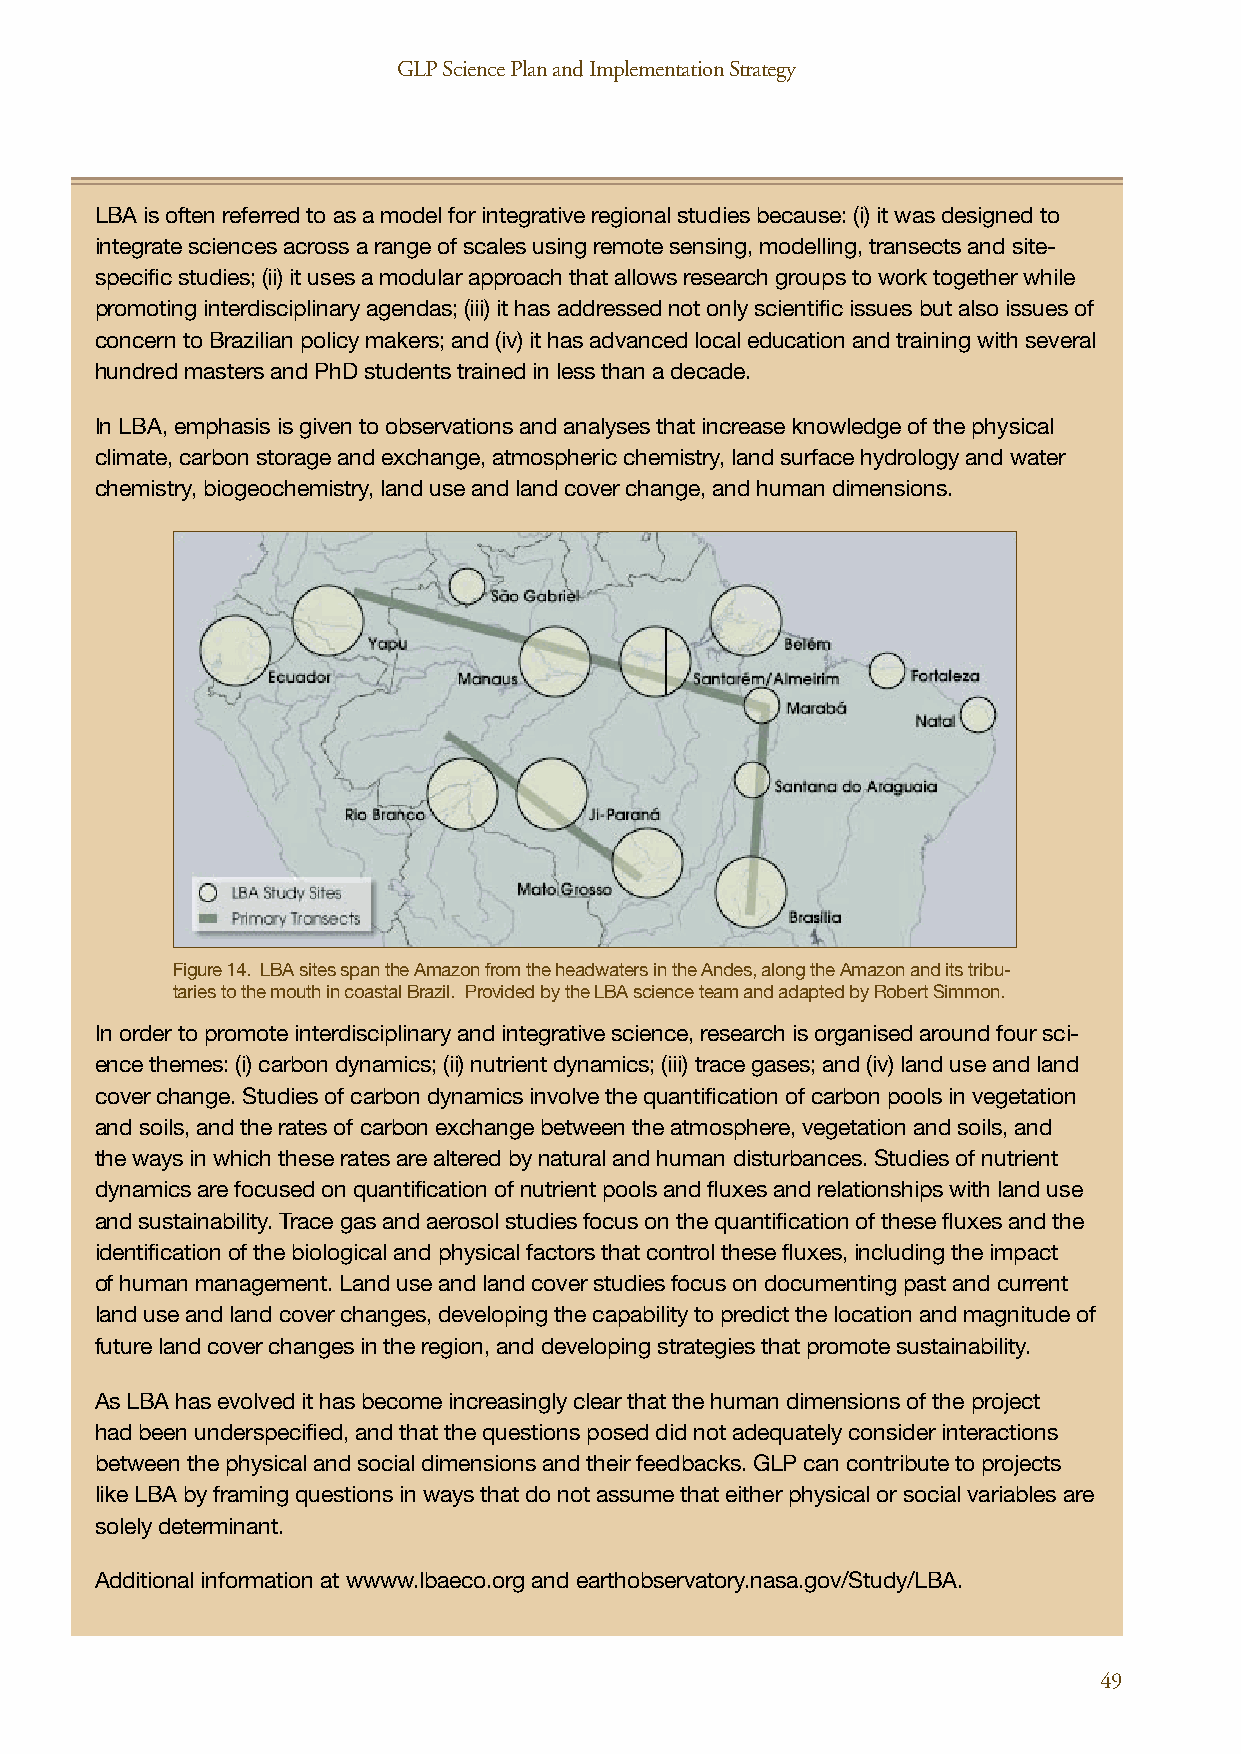
GLP Science Plan and Implementation Strategy GLP Science Plan and Implementation Strategy
 LBA is often referred to as a model for integrative regional studies because: (i) it was designed to
 integrate sciences across a range of scales using remote sensing, modelling, transects and site-
 specific studies; (ii) it uses a modular approach that allows research groups to work together while
 promoting interdisciplinary agendas; (iii) it has addressed not only scientific issues but also issues of
 concern to Brazilian policy makers; and (iv) it has advanced local education and training with several
 hundred masters and PhD students trained in less than a decade.
 In LBA, emphasis is given to observations and analyses that increase knowledge of the physical
 climate, carbon storage and exchange, atmospheric chemistry, land surface hydrology and water
 chemistry, biogeochemistry, land use and land cover change, and human dimensions.
 Figure 14. LBA sites span the Amazon from the headwaters in the Andes, along the Amazon and its tribu-
 taries to the mouth in coastal Brazil. Provided by the LBA science team and adapted by Robert Simmon.
 In order to promote interdisciplinary and integrative science, research is organised around four sci-
 ence themes: (i) carbon dynamics; (ii) nutrient dynamics; (iii) trace gases; and (iv) land use and land
 cover change. Studies of carbon dynamics involve the quantification of carbon pools in vegetation
 and soils, and the rates of carbon exchange between the atmosphere, vegetation and soils, and
 the ways in which these rates are altered by natural and human disturbances. Studies of nutrient
 dynamics are focused on quantification of nutrient pools and fluxes and relationships with land use
 and sustainability. Trace gas and aerosol studies focus on the quantification of these fluxes and the
 identification of the biological and physical factors that control these fluxes, including the impact
 of human management. Land use and land cover studies focus on documenting past and current
 land use and land cover changes, developing the capability to predict the location and magnitude of
 future land cover changes in the region, and developing strategies that promote sustainability.
 As LBA has evolved it has become increasingly clear that the human dimensions of the project
 had been underspecified, and that the questions posed did not adequately consider interactions
 between the physical and social dimensions and their feedbacks. GLP can contribute to projects
 like LBA by framing questions in ways that do not assume that either physical or social variables are
 solely determinant.
 Additional information at wwww.lbaeco.org and earthobservatory.nasa.gov/Study/LBA.
 48                                                                       49